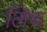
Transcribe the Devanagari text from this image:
लिथ